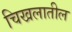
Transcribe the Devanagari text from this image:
चिखलातील